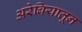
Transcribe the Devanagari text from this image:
अरेबियातून